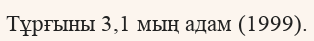
Тұрғыны 3,1 мың адам (1999).